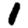
Digit: 1